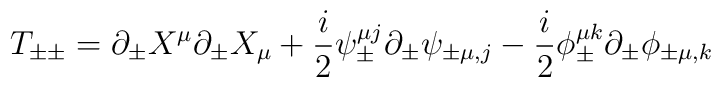
T_{\pm\pm}=\partial_{\pm}X^{\mu}\partial_{\pm}X_{\mu}+\frac{i}{ 2}{\psi}^{\mu j}_{\pm}\partial_{\pm} \psi_{\pm\mu,j }- \frac{i}{2}{\phi}_{\pm}^{\mu k}\partial_{\pm}\phi_{\pm\mu,k}